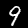
Label: 9